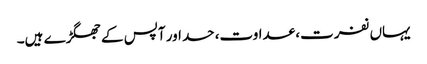
یہاں نفرت، عداوت، حسد اور آپس کے جھگڑے ہیں۔